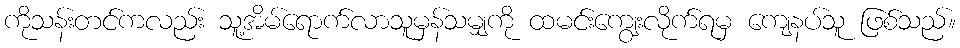
ကိုသန်းတင်ကလည်း သူ့အိမ်ရောက်လာသူမှန်သမျှကို ထမင်းကျွေးလိုက်ရမှ ကျေနပ်သူ ဖြစ်သည်။